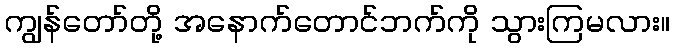
ကျွန်တော်တို့ အနောက်တောင်ဘက်ကို သွားကြမလား။